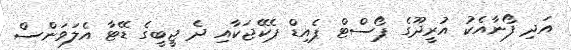
އަދި ފޯނާއެކު އުރީދޫގެ ޕޯސްޓް ޕެއިޑް ޕެކޭޖަކާއި ދެ ޖީބީގެ ޑޭޓާ އެލަވަންސް